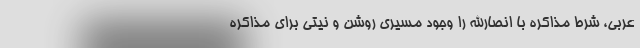
عربی، شرط مذاکره با انصارالله را وجود مسیری روشن و نیتی برای مذاکره